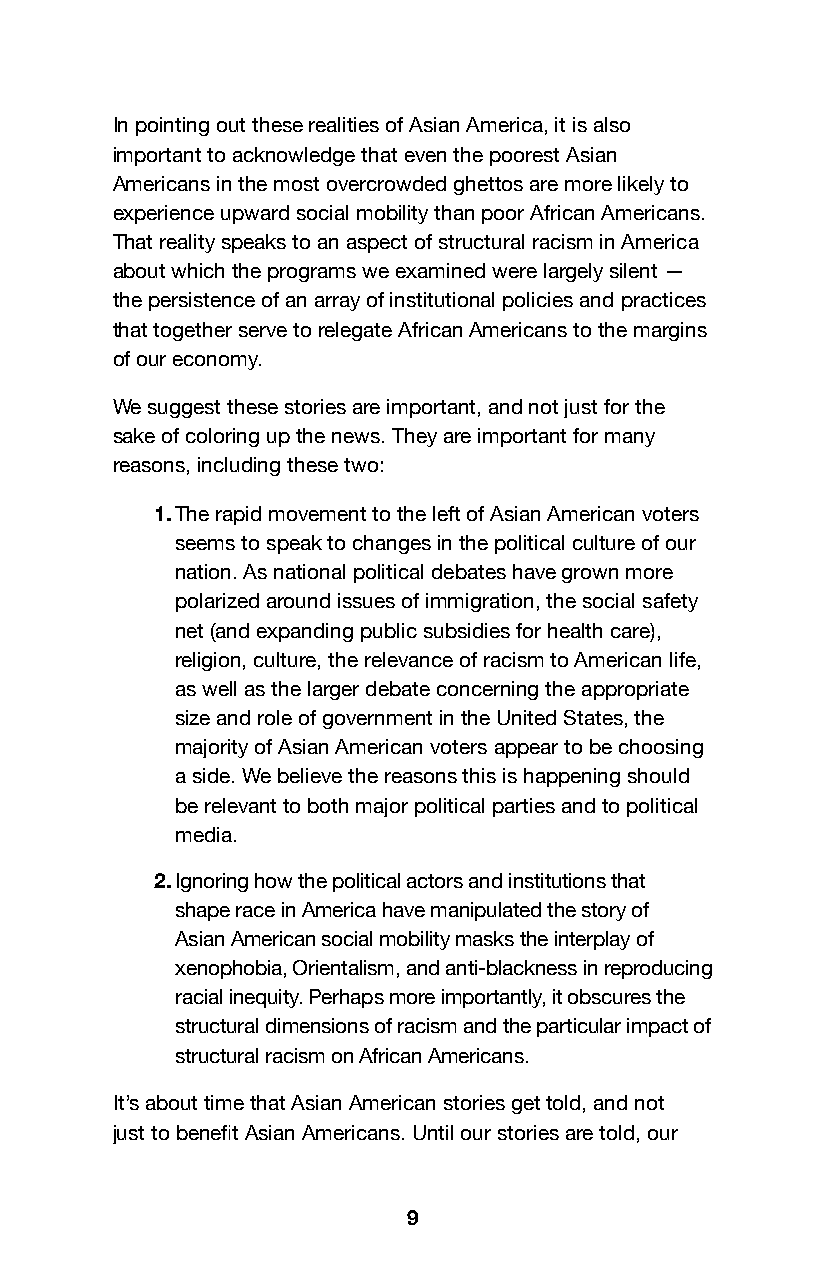
In pointing out these realities of Asian America, it is also
 important to acknowledge that even the poorest Asian
 Americans in the most overcrowded ghettos are more likely to
 experience upward social mobility than poor African Americans.
 That reality speaks to an aspect of structural racism in America
 about which the programs we examined were largely silent —
 the persistence of an array of institutional policies and practices
 that together serve to relegate African Americans to the margins
 of our economy.
 We suggest these stories are important, and not just for the
 sake of coloring up the news. They are important for many
 reasons, including these two:
 1. The rapid movement to the left of Asian American voters
 seems to speak to changes in the political culture of our
 nation. As national political debates have grown more
 polarized around issues of immigration, the social safety
 net (and expanding public subsidies for health care),
 religion, culture, the relevance of racism to American life,
 as well as the larger debate concerning the appropriate
 size and role of government in the United States, the
 majority of Asian American voters appear to be choosing
 a side. We believe the reasons this is happening should
 be relevant to both major political parties and to political
 media.
 2. Ignoring how the political actors and institutions that
 shape race in America have manipulated the story of
 Asian American social mobility masks the interplay of
 xenophobia, Orientalism, and anti-blackness in reproducing
 racial inequity. Perhaps more importantly, it obscures the
 structural dimensions of racism and the particular impact of
 structural racism on African Americans.
 It’s about time that Asian American stories get told, and not
 just to benefit Asian Americans. Until our stories are told, our
 9